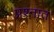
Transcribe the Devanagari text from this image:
प्रश्‍नात